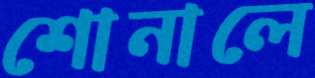
শোনালে